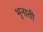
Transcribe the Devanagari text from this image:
भुनाती